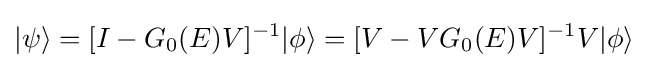
|\psi \rangle =[I-G_{0}(E)V]^{-1}|\phi \rangle =[V-VG_{0}(E)V]^{-1}V|\phi \rangle